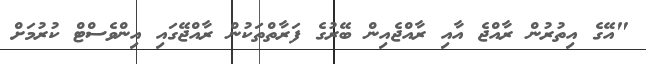
"އޭގެ އިތުރުން ރާއްޖެ އާއި ރާއްޖެއިން ބޭރުގެ ފަރާތްތަކުން ރާއްޖޭގައި އިންވެސްޓް ކުރުމަށް